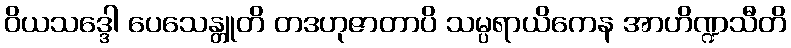
ဝိယသဒ္ဒေါ ပေသေန္တူတိ တဒဟုဇာတာပိ သမ္ပရာယိကေန အာဟိဏ္ဍသီတိ